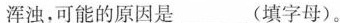
浑浊，可能的原因是___(填字母)。